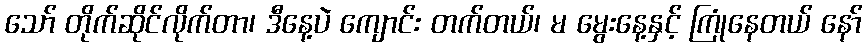
သော် တိုက်ဆိုင်လိုက်တာ၊ ဒီနေ့ပဲ ကျောင်း တက်တယ်၊ မ မွေးနေ့နှင့် ကြုံနေတယ် နော်